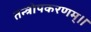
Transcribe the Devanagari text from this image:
तन्त्रोपकरणम्।।